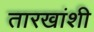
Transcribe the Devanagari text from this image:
तारखांशी